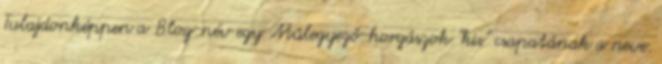
Tulajdonképpen a Blog-név egy Műlegyező-horgászok "kis" csapatának a neve.